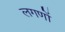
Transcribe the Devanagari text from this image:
लगणों